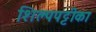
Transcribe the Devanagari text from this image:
शिल्पपट्टीका